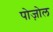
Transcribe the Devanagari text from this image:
पोज़ोल